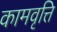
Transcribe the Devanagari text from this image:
कामवृत्ति